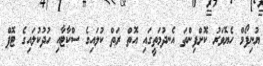
ޔުނިފޯމް ހެޔޮވަރު ކޮށްފިންތަ އެނދުމަތީގައި އޮތް ރަތް ކުލައިގެ ސްކާޓާއި ހުދުކުލައިގެ ޓޮޕް